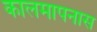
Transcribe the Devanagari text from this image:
कालमापनास